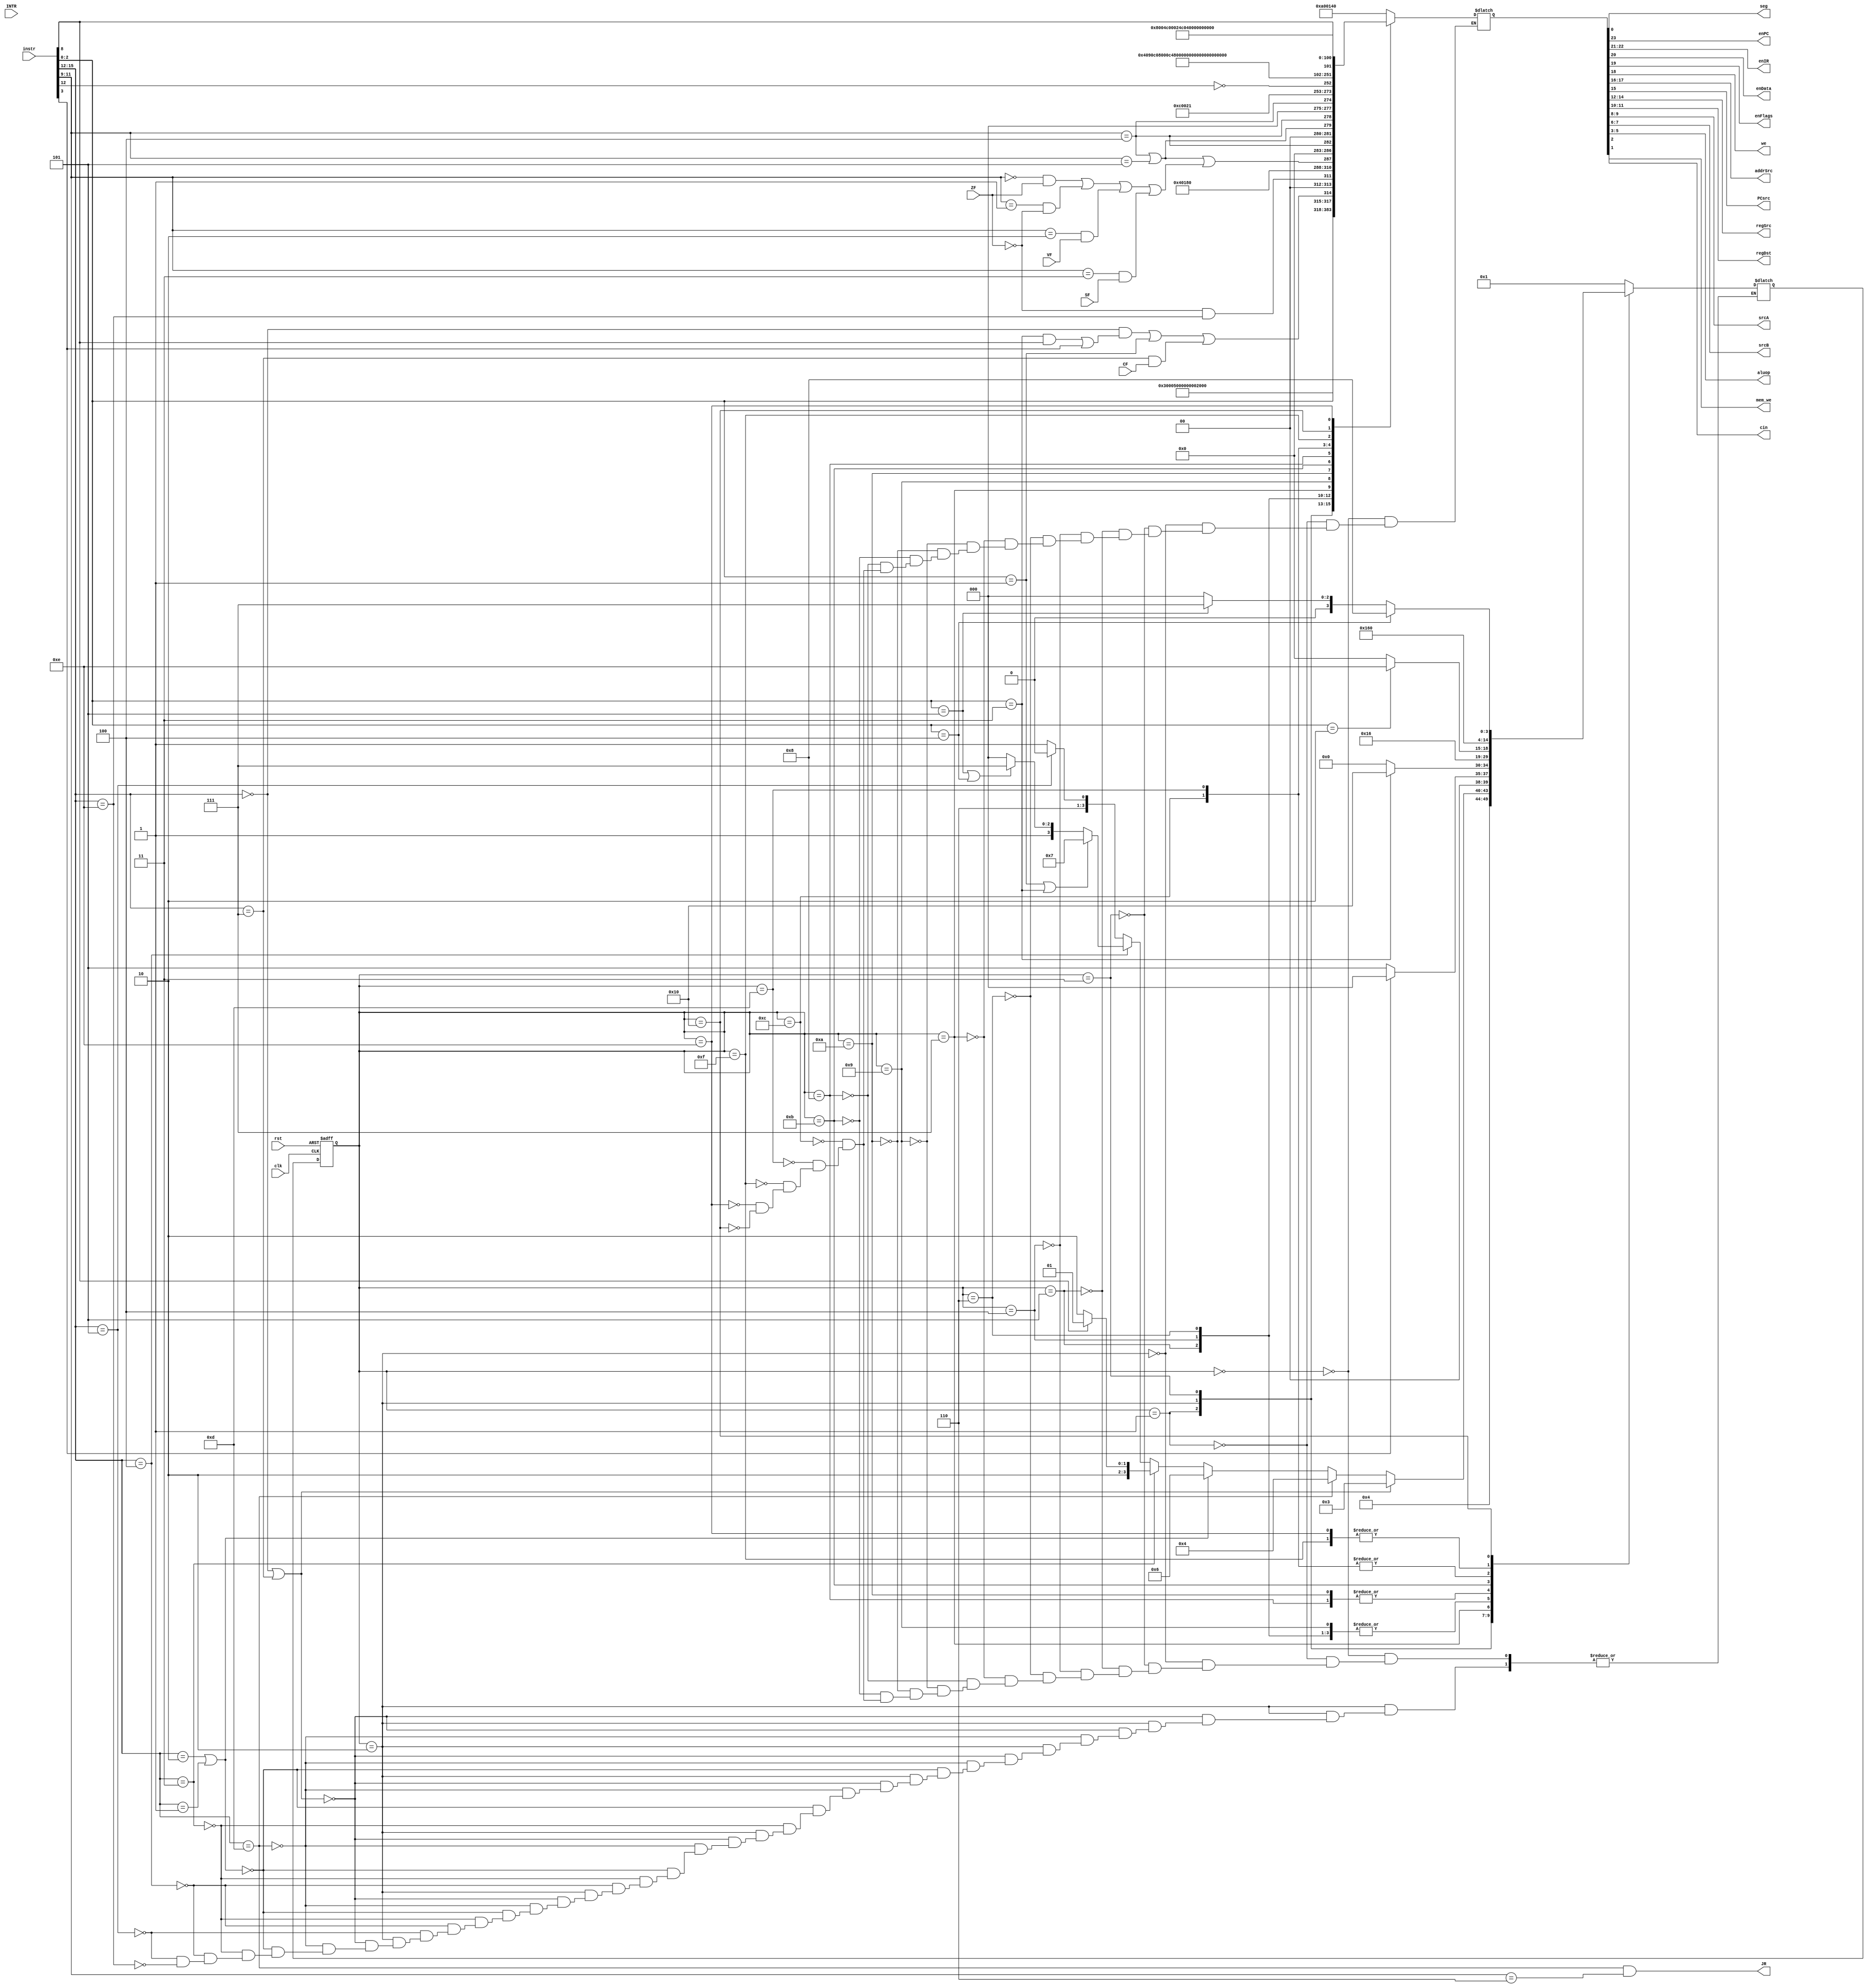
module Controller(clk, rst,
                  instr, INTR, seg,
                  enPC, enIR, enData, enFlags, we,
                  addrSrc, PCsrc, regSrc, regDst, srcA, srcB,
                  aluop, cin, mem_we, JR,
                  CF, VF, ZF, SF);
  //define inputs and outputs
  input clk, rst;
  input CF, VF, ZF, SF;
  input[15:0] instr;
  input[1:0] INTR;
  output enPC, enData, we, cin, enFlags, PCsrc, mem_we, seg, JR;
  output[1:0] srcB, addrSrc, enIR, regDst, srcA;
  output[2:0] aluop, regSrc; 
  
  // define states
  parameter[4:0] FETCH_IR1 = 5'b0000, // fetch instruction first byte
                 FETCH_IR2 = 5'b0001,
                 DECODE = 5'b0010, // decode instruction
                 EXECUTE = 5'b0011,  // execute instruction
                 BR_JMP = 5'b0100, // branch 
                 WB_R = 5'b0101,
                 MOV = 5'b0110,
                 STI = 5'b0111,
                 LDI = 5'b1000,
                 STD = 5'b1001,
                 LDD = 5'b1010,
                 WB_MEM = 5'b1011,
                 IMM_OP = 5'B1100,
                 EXEC_LOOP = 5'b1101,
                 INC_ADDR = 5'b1110,
                 DEC_ADDR = 5'b1111,
                 WB_ADDR = 5'b10000;
  
  reg[4:0] state, next_state;
  reg[23:0] control_word;
  wire[2:0] ra, funct;
  wire rb;
  wire[3:0] opcode;
    
  // assign state
  always @ (posedge clk, posedge rst)
    begin
      if (rst == 1'b1)
        state <= FETCH_IR1;
      else
        state <= next_state;
    end
     
  // some assignments
  assign opcode = instr[15:12];
  assign funct = instr[2:0];
  assign {ra, rb} = instr[11:8];
  assign Cin = (opcode == 4'b0 & ((funct == 3'b011 & rb == 1'b1) | instr[3] == 1'b1)) | (funct == 3'b1) |(opcode == 4'b0111 & CF);
  assign BR = (ra == 3'b0 & ZF) | (ra == 3'b1 & ~ZF) | (ra == 3'b10 & VF) | (ra == 3'b11 & SF);
  assign JAL = (ra == 3'b100);
  assign JMP = (ra == 3'b101);
  assign pcEn = JAL | JMP | BR;
  
  // next state logic
  always @ (state)
    begin
      case(state)
        FETCH_IR1: next_state = FETCH_IR2;
        FETCH_IR2: next_state = DECODE;
        DECODE: if (opcode == 4'b0 || opcode == 4'b111)
                  next_state = EXECUTE;
                else if (opcode == 4'd13)
                  next_state = BR_JMP;
                else if (opcode == 4'b10 | opcode == 4'b1)
                  next_state = MOV;
                else if (opcode == 4'b011)
                  if (rb == 1'b1)
                    next_state = STD;
                  else
                    next_state = LDD;
                else if (opcode == 4'b100)
                  if (funct == 3'b001 | funct == 3'b011)
                    next_state = STI;
                  else if (funct == 3'b101 | funct == 3'b100)
                    next_state = DEC_ADDR;
                  else 
                    next_state = LDI;
                else if (opcode == 4'b0101)
                  next_state = IMM_OP;
                else if (opcode == 4'b1110)
                  next_state = EXEC_LOOP;
                  
        EXECUTE: next_state = instr[3]? FETCH_IR1: WB_R;
        WB_R: next_state = FETCH_IR1;
        BR_JMP: next_state = FETCH_IR1;
        MOV: next_state = FETCH_IR1;
        STI: next_state = (funct == 3'b011)? WB_ADDR: FETCH_IR1;
        LDI: next_state = WB_MEM;
        STD: next_state = FETCH_IR1;
        LDD: next_state = WB_MEM;
        WB_MEM: next_state = (funct == 3'b010)? INC_ADDR: FETCH_IR1;
        IMM_OP: next_state = WB_R;
        EXEC_LOOP: next_state = WB_R;
        DEC_ADDR: next_state = WB_ADDR;
        INC_ADDR: next_state = WB_ADDR;
        WB_ADDR: next_state = (funct == 3'b100)? LDI: ((funct == 3'b101)? STI: FETCH_IR1);
      endcase
    end
    
    
    // control word
    always @ (state)
      begin
        case(state)
          FETCH_IR1: control_word <= 24'b101000000000000101000000; // assert (enPC, enIR(1)), Add (PC, 1) addrSrc = PC
          FETCH_IR2: control_word <= 24'b110000000000000101000000; // assert (enPC, enIR(2)), Add (PC, 1) addrSrc = PC
          DECODE:    control_word <= 24'b000000000000000000000000; // do nothing just wait for register file outputs
          EXECUTE:   control_word <= {18'b000010000000000000, funct, Cin, 2'b00}; // assert (enFlags), aluop, srcA = R[ra], srcB = R[rb]
          WB_R:      control_word <= {~ZF & opcode == 4'b1110, 23'b00001000000000110000000};  // assert we, regDst = ra, regSrc = ALUOut, srcA = pc, ssB = immm, Add
          BR_JMP:    control_word <= {pcEn, 4'b0000, JAL, 2'b00, JAL | JMP, JAL, 3'b000, JAL, 10'b0110000000};
          MOV:       control_word <= {11'b00000100001, ~opcode[0], 12'b000000000000}; // assert we, regDst = ra, regSrc = imm/rb
          STI:       control_word <= 24'b000000010000001001000011;  // assert mem_we, seg = data_mem, addrSrc = b
          STD:       control_word <= 24'b000000100000000000000011;  // assert mem_we, seg = data_mem, addrSrc = ea
          LDD:       control_word <= 24'b000100100000000000000001;  // assert enData, seg = data_mem, addrSrc = ea
          WB_MEM:    control_word <= 24'b000001000001000000000000;  // assert we, regDst = ra, regSrc = data
          LDI:       control_word <= 24'b000100010000000000000001; // asser enData, seg = data_mem, addrSrc = b;
          IMM_OP:    control_word <= {18'b000010000000000010, rb, 5'b00000}; // assert enFlags, srcA = ra, srcB = imm, regDst = ra
          EXEC_LOOP: control_word <= 24'b000010000000000001001100;  // assert enFlags, srcA = ra, srcB = 1, Sub, cin = 1
          DEC_ADDR:  control_word <= 24'b000000000000001001001100;  // srcA = b, srcB = 1, Sub
          WB_ADDR:   control_word <= 24'b000001000000100000000000;  // assert we, regDst = 10
          INC_ADDR:  control_word <= 24'b000000000000001001000000;  // srcA = b, srcB = 1, Add
        endcase
      end
      
      // asign control signals           
      assign {enPC, enIR, enData, enFlags, we, addrSrc, PCsrc, regSrc, regDst, srcA, srcB, aluop, cin, mem_we, seg} = control_word;
      assign JR = opcode == 4'b1101 & ra == 3'b110;
endmodule